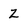
Character: Z